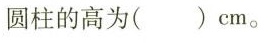
圆柱的高为( ) cm。